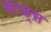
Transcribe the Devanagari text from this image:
फाड्स